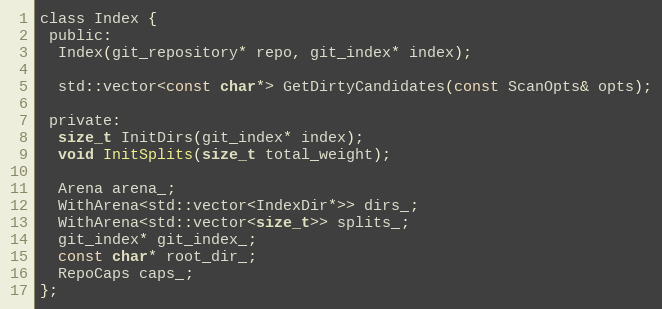
Language: C
class Index {
 public:
  Index(git_repository* repo, git_index* index);

  std::vector<const char*> GetDirtyCandidates(const ScanOpts& opts);

 private:
  size_t InitDirs(git_index* index);
  void InitSplits(size_t total_weight);

  Arena arena_;
  WithArena<std::vector<IndexDir*>> dirs_;
  WithArena<std::vector<size_t>> splits_;
  git_index* git_index_;
  const char* root_dir_;
  RepoCaps caps_;
};